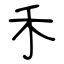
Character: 禾